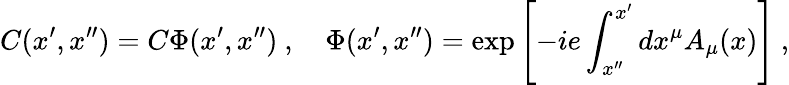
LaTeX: C(x^{\prime},x^{\prime\prime})=C\Phi(x^{\prime},x^{\prime\prime})\ ,\quad\Phi(x^{\prime},x^{\prime\prime})=\exp\left[-ie\int_{x^{\prime\prime}}^{x^{\prime}}dx^{\mu}A_{\mu}(x)\right]\ ,